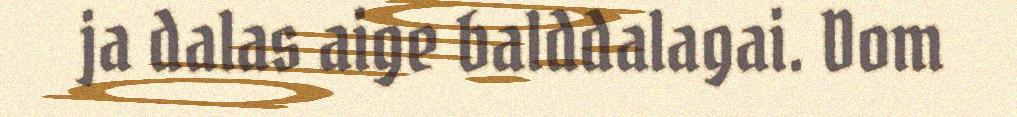
ja dalas aige balddalagai. Dom